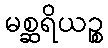
မစ္ဆရိယဉ္စ